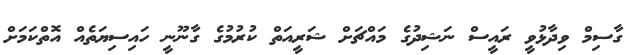
ގާސިމް ވިދާޅުވީ ރައީސް ނަޝިދުގެ މައްޗަށް ޝަރީއަތް ކުރުމުގެ ގާނޫނީ ހައިސިޔަތެއް އޮތްކަމަށް